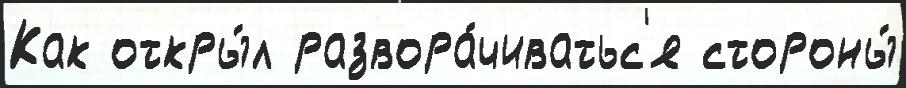
Как откры́л развора́чиватьс'я стороны́